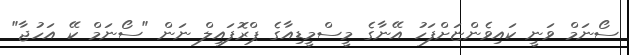
ސޯނަމް ވަނީ ކައިވެންޏަށްފަހު އޭނާގެ މީސްމީޑިއާގެ ޕްރޮފައިލް ނަން "ސޯނަމް ކޭ އަހުޖާ"